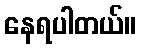
နေရပါတယ်။